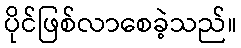
ပိုင်ဖြစ်လာစေခဲ့သည်။